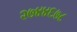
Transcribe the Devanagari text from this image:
२७४४६७८